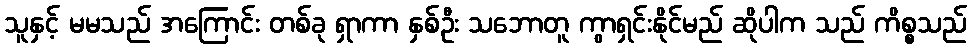
သူနှင့် မမသည် အကြောင်း တစ်ခု ရှာကာ နှစ်ဦး သဘောတူ ကွာရှင်းနိုင်မည် ဆိုပါက သည် ကိစ္စသည်